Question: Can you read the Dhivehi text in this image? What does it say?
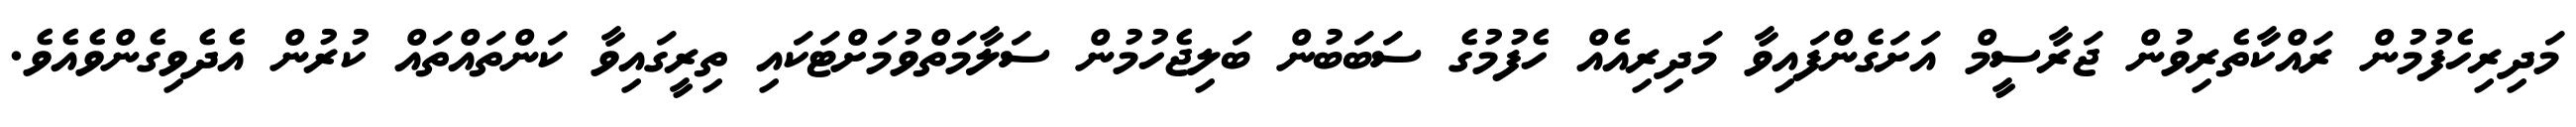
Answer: މަދިރިހެފުމުން ރައްކާތެރިވުން ޖަރާސީމް އަށަގެންފައިވާ މަދިރިއެއް ހެފުމުގެ ސަބަބުން ބަލިޖެހުމުން ސަލާމަތްވުމަށްޓަކައި ތިރީގައިވާ ކަންތައްތައް ކުރުން އެދެވިގެންވެއެވެ.